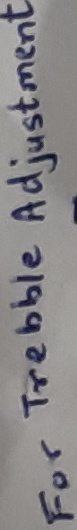
Text: for trebble adjustments